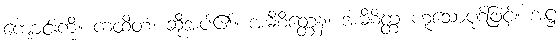
ကျောင်းကို။ ကထိတံ၊ ဆိုအပ်၏။ အဓိစိတ္တေန၊ အဓိစိတ္တ ဟူသောပုဒ်ဖြင့်။ အဋ္ဌ